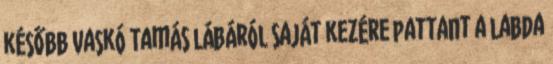
később Vaskó Tamás lábáról saját kezére pattant a labda